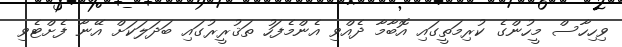
ވިހިހާސް މީހުންގެ ކުރިމަތީގައި އޮބާމާ ދެއްވި އެންމެފަހު ތަޤުރީރުގައި ބަދަލަކަށް އޭނާ ފެށްޓެވި